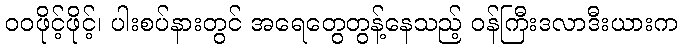
ဝဝဖိုင့်ဖိုင့်၊ ပါးစပ်နားတွင် အရေတွေတွန့်နေသည့် ဝန်ကြီးဒလာဒီးယားက